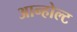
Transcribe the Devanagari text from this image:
आन्होल्ट